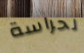
لحراسة